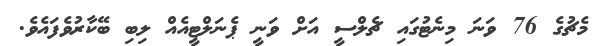
މެޗުގެ 76 ވަނަ މިނެޓުގައި ޗެލްސީ އަށް ވަނީ ޕެނަލްޓީއެއް ލިބި ބޭކާރުވެފައެވެ.